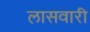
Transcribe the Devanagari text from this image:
लासवारी